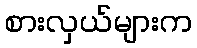
စားလှယ်များက